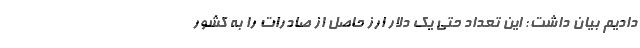
دادیم بیان داشت: این تعداد حتی یک دلار ارز حاصل از صادرات را به کشور